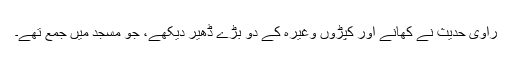
راوی حدیث نے کھانے اور کپڑوں وغیرہ کے دو بڑے ڈھیر دیکھے، جو مسجد میں جمع تھے۔